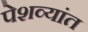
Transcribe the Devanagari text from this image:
पेशव्यांत